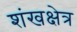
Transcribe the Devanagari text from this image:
शंखक्षेत्र